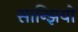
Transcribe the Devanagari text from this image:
सान्झियो